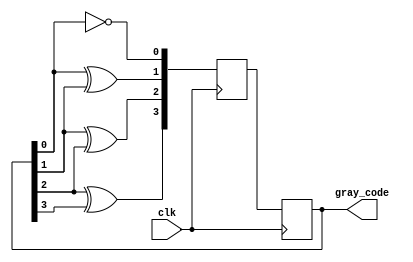
module Gray_Code_Counter(
    input wire clk,
    output reg [3:0] gray_code
);

reg [3:0] gray_code_next;

always @(posedge clk) begin
    gray_code_next[0] <= ~gray_code[0];
    gray_code_next[1] <= gray_code[0] ^ gray_code[1];
    gray_code_next[2] <= gray_code[1] ^ gray_code[2];
    gray_code_next[3] <= gray_code[2] ^ gray_code[3];
    
    gray_code <= gray_code_next;
end

endmodule